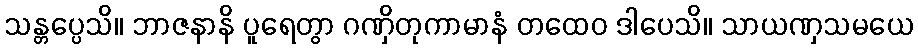
သန္တပ္ပေသိ။ ဘာဇနာနိ ပူရေတွာ ဂဏှိတုကာမာနံ တထေဝ ဒါပေသိ။ သာယဏှသမယေ